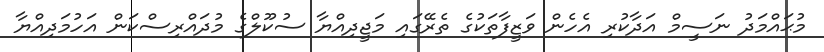
މުޙައްމަދު ނަސީމް އަދާކުރި އެހެން ވަޒީފާތަކުގެ ތެރޭގައި މަޖީދިއްޔާ ސުކޫލްގެ މުދައްރިސްކަން އަހުމަދިއްޔާ